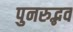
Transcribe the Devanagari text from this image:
पुनरुद्भव